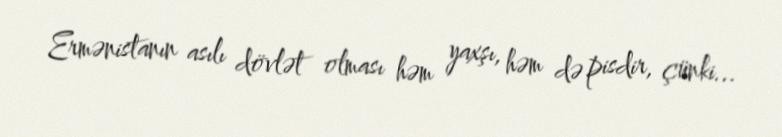
Ermənistanın asılı dövlət olması həm yaxşı, həm də pisdir, çünki...